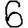
Digit: 6